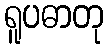
ရူပဓာတု